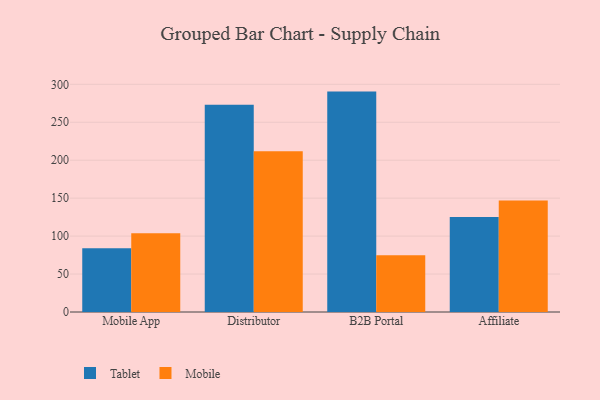
{"axis": {"x": "Channel", "y": "Net Income (USD K)"}, "legend": ["Mobile", "Tablet"], "data": [{"x": "Mobile App", "y": 83.9, "type": "Tablet"}, {"x": "Mobile App", "y": 103.6, "type": "Mobile"}, {"x": "Distributor", "y": 273.1, "type": "Tablet"}, {"x": "Distributor", "y": 211.7, "type": "Mobile"}, {"x": "B2B Portal", "y": 290.4, "type": "Tablet"}, {"x": "B2B Portal", "y": 74.7, "type": "Mobile"}, {"x": "Affiliate", "y": 125.2, "type": "Tablet"}, {"x": "Affiliate", "y": 147.0, "type": "Mobile"}]}